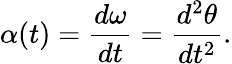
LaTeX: \alpha(t)={\frac{d\omega}{dt}}={\frac{d^{2}\theta}{dt^{2}}}.